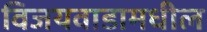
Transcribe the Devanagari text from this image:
विजयवाडामधील